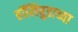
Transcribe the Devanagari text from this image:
हॉलिवुडाच्या